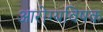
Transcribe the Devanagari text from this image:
आरोग्यविषक